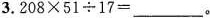
3.$$2 0 8 × 5 1 \div 1 7 =$$___。